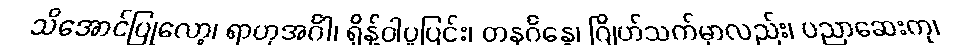
သိအောင်ပြုလော့၊ ရာဟုအင်္ဂါ၊ ရှိန့်ဝါပူပြင်း၊ တနင်္ဂနွေ၊ ဂြိုဟ်သက်မှာလည်း၊ ပညာဆေးကု၊